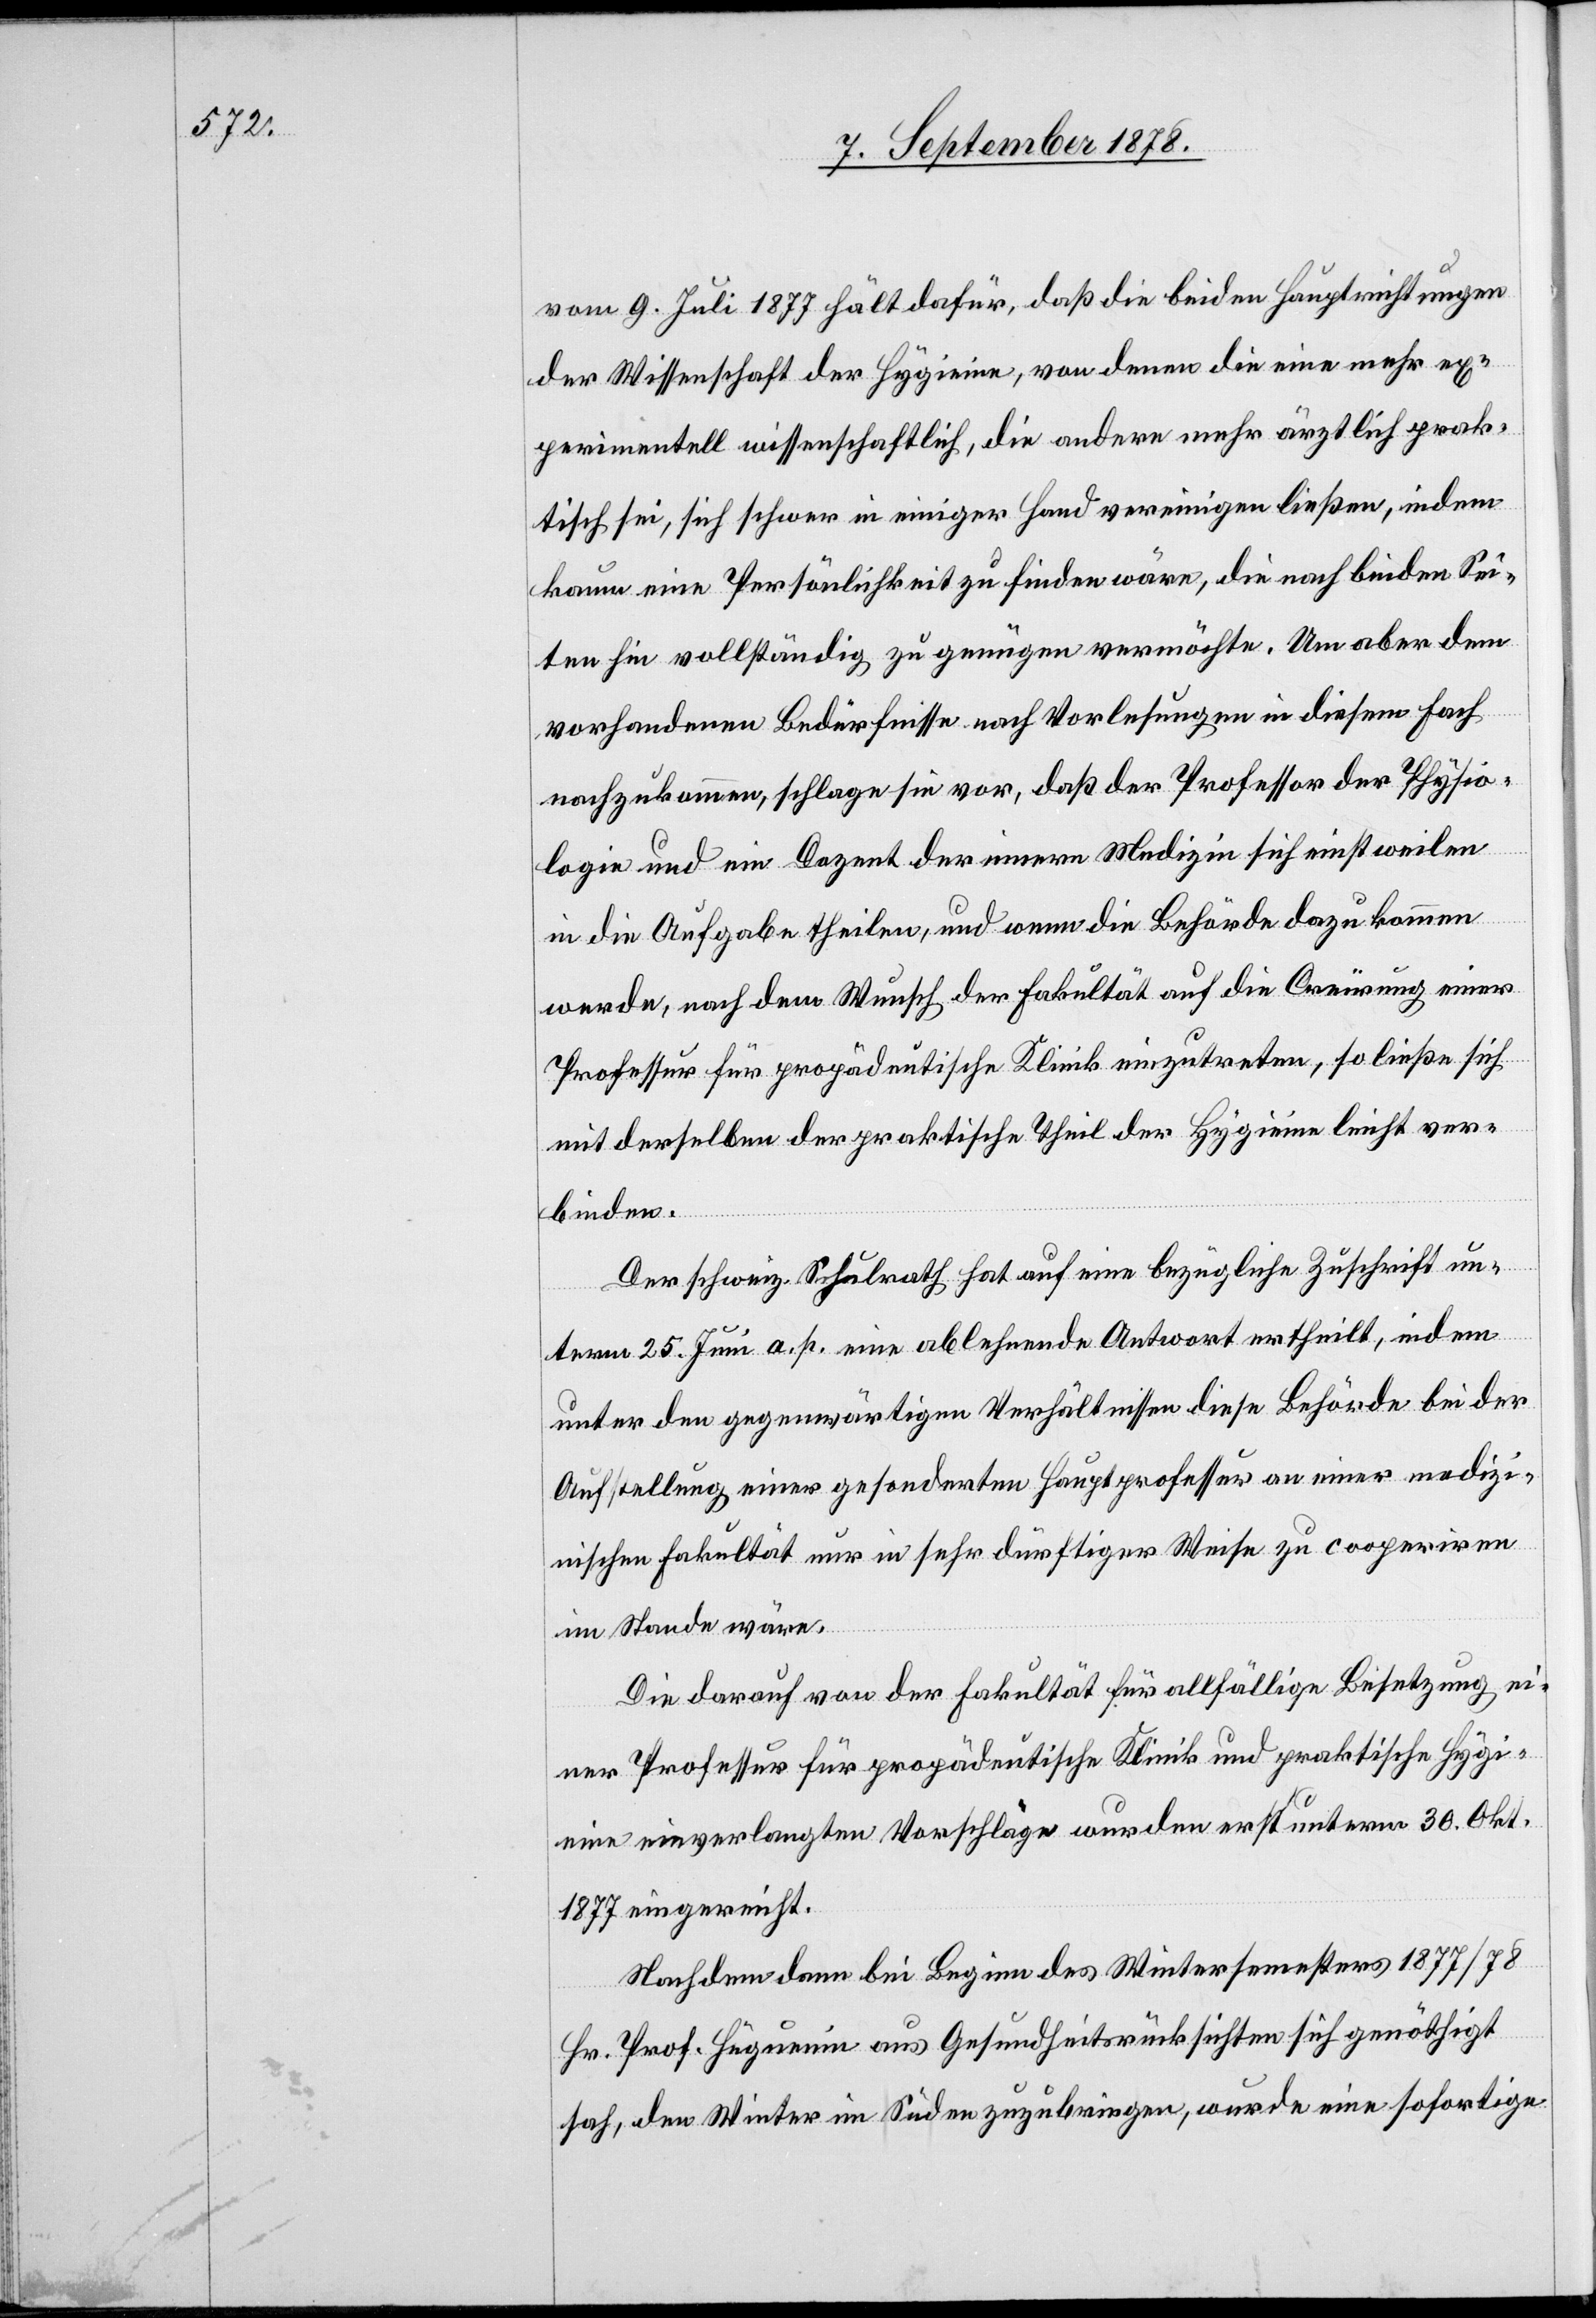
vom 9. Juli 1877 hält dafür, daß die beiden Hauptrichtungen
der Wirthschaft der Hygieine, von denen die eine mehr ex¬
perimentell wissenschaftlich, die andere mehr ärztlich prak¬
tisch sei, sich schwer in einiger Hand vereinigen ließen, indem
kaum eine Persönlichkeit zu finden wäre, die nach beiden Sei¬
ten hin vollständig zu genügen vermöchte. Um aber dem
vorhandenen Bedürfnisse nach Vorlesungen in diesem Fach
nachzukommen, schlagen sie vor, daß der Professor der Physio¬
logie und ein Dozent der innern Medizin sich einstweilen
in die Aufgabe theilen, und wenn die Behörde dazu kommen
werde, nach dem Wunsch der Fakultät auf die Creïrung einer
Professur für propädeutische Klinik einzutreten, so ließe sich
mit derselben der praktische Theil der Hygieine leicht ver¬
binden.
Der schweiz. Schulrath hat auf eine bezügliche Zuschrift un¬
term 25. Juni a. p. eine ablehnende Antwort ertheilt, indem
unter den gegenwärtigen Verhältnissen diese Behörde bei der
Aufstellung einer gesonderten Hauptprofessur an einer medizi¬
nischen Fakultät nur in sehr dürftiger Weise zu cooperiren
im Stande wäre.
Die darauf von der Fakultät für allfällige Besetzung ei¬
ner Professur für propädeutische Klinik und praktische Hygi¬
eine einverlangten Vorschläge wurden erst unterm 30 Okt.
1877 eingereicht.
Nachdem denn bei Beginn des Wintersemesters 1877/78
Hr. Prof. Hüguenin aus Gesundheitsrücksichten sich genöthigt
sah, den Winter im Süden zuzubringen, wurde eine sofortige